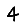
Digit: 4